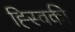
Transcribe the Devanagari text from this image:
ह्स्विकी